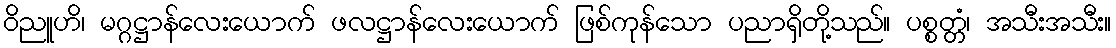
ဝိညူဟိ၊ မဂ္ဂဋ္ဌာန်လေးယောက် ဖလဋ္ဌာန်လေးယောက် ဖြစ်ကုန်သော ပညာရှိတို့သည်။ ပစ္စတ္တံ၊ အသီးအသီး။